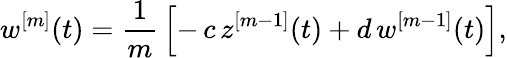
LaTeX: w^{[m]}(t)=\frac{1}{m}\, \left[-\, c\, z^{[m-1]}(t)+d\, w^{[m-1]}(t)\right],